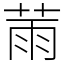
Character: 𦲸